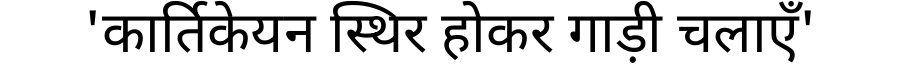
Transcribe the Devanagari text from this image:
'कार्तिकेयन स्थिर होकर गाड़ी चलाएँ'